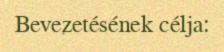
Bevezetésének célja: